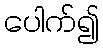
ပေါက်၍